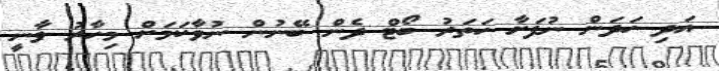
އަދި ހަދަން ނުފަށާ ހަތަރު ބޯޓް ދެން ބޭނުން ނުވާކަމަށް މިހާރު ވާނީ